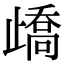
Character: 𣦜